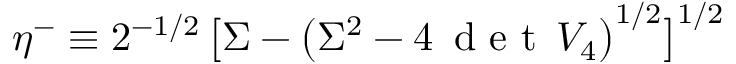
\eta ^ { - } \equiv 2 ^ { - 1 / 2 } \, \big [ \Sigma - \big ( \Sigma ^ { 2 } - 4 \, \textup { d e t } \, { \cal V } _ { 4 } \big ) ^ { 1 / 2 } \big ] ^ { 1 / 2 }